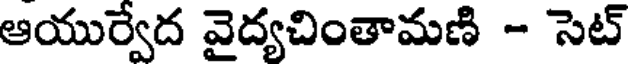
ఆయుర్వేద వైద్యచింతామణి - సెట్